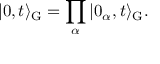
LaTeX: \vert 0 , t \rangle _ { \mathrm { G } } = \prod _ { \alpha } \vert 0 _ { \alpha } , t \rangle _ { \mathrm { G } } .